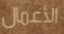
الأعمال